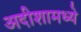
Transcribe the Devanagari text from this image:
अदीशामध्ये